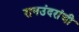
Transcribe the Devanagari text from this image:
रानउंदरांची